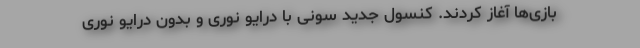
بازی‌ها آغاز کردند. کنسول جدید سونی با درایو نوری و بدون درایو نوری